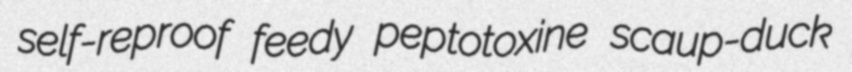
self-reproof feedy peptotoxine scaup-duck